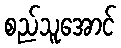
စည်သူအောင်